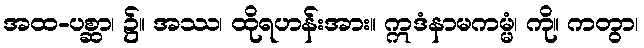
အထ-ပစ္ဆာ၊ ၌။ အဿ၊ ထိုရဟန်းအား။ ဣဒံနာမကမ္မံ၊ ကို။ ကတွာ၊